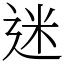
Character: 迷